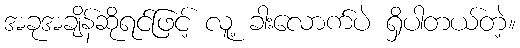
အခုအချိန်ဆိုရင်ဖြင့် လူ့ ခါးလောက်ပဲ ရှိပါတယ်တဲ့။